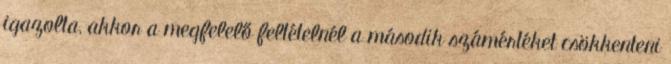
igazolta, akkor a megfelelő feltételnél a második számértéket csökkenteni